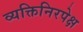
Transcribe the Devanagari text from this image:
व्यक्तिनिरपेक्ष